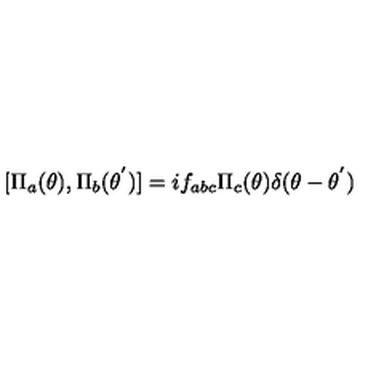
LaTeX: [ { \Pi } _ { a } ( { \theta } ) , { \Pi } _ { b } ( { \theta } ^ { ' } ) ] = i f _ { a b c } { \Pi } _ { c } ( { \theta } ) { \delta } ( \theta - { \theta } ^ { ' } )